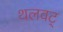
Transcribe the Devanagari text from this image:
थलवट्